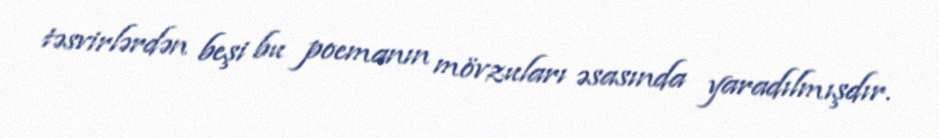
təsvirlərdən beşi bu poemanın mövzuları əsasında yaradılmışdır.